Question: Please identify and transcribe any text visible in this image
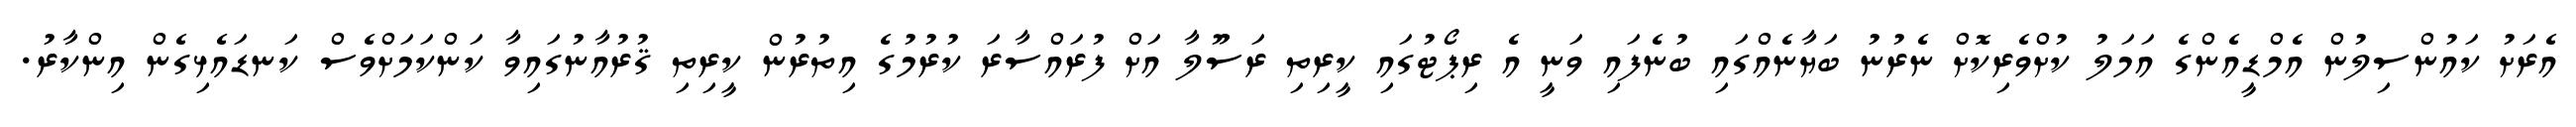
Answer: އެރަށު ކައުންސިލުން އެމްޑީއެންގެ އަމަލު ކުށްވެރިކޮށް ނެރުނު ބަޔާނެއްގައި ބުނެފައި ވަނީ އެ ރިޕޯޓުގައި ކީރިތި ރަސޫލާ އަށް ފުރައްސާރަ ކުރުމުގެ އިތުރުން ކީރިތި ޤުރުއާނުގައިވާ ކަންކަމަށްވެސް ކަނޑައެޅިގެން އިންކާރު.